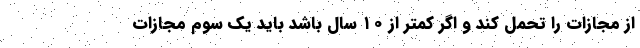
از مجازات را تحمل کند و اگر کمتر از ۱۰ سال باشد باید یک سوم مجازات